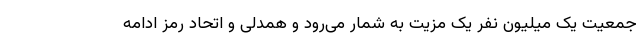
جمعیت یک میلیون نفر یک مزیت به شمار می‌رود و همدلی و اتحاد رمز ادامه